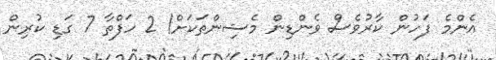
އެންމެ ފަހުން ކާރުވެސް ވެންޑިން މެޝިންތަކަށް! 2 ހަފްތާ 7 ގަޑި ކުރިން